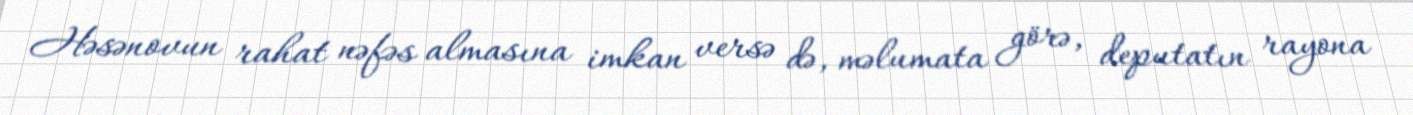
Həsənovun rahat nəfəs almasına imkan versə də, məlumata görə, deputatın rayona